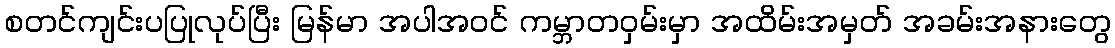
စတင်ကျင်းပပြုလုပ်ပြီး မြန်မာ အပါအဝင် ကမ္ဘာတဝှမ်းမှာ အထိမ်းအမှတ် အခမ်းအနားတွေ